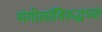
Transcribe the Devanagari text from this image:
मंगोलांविरुद्धच्या